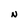
Character: N